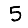
Digit: 5